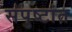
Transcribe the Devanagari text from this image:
संपुष्टांत